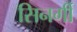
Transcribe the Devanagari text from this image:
सिनर्गी